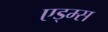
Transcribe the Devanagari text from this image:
एड्म्स